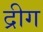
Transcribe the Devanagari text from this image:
द्रीग